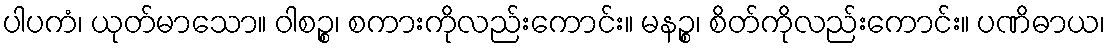
ပါပကံ၊ ယုတ်မာသော။ ဝါစဉ္စ၊ စကားကိုလည်းကောင်း။ မနဉ္စ၊ စိတ်ကိုလည်းကောင်း။ ပဏိဓာယ၊